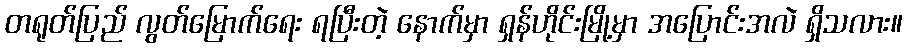
တရုတ်ပြည် လွတ်မြောက်ရေး ရပြီးတဲ့ နောက်မှာ ရှန်ဟိုင်းမြို့မှာ အပြောင်းအလဲ ရှိသလား။